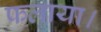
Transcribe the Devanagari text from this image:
फलाया।